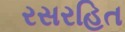
રસરહિત